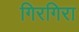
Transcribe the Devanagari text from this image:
गिरगिरा